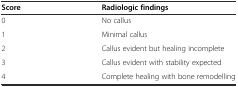
| Score | Radiologic findings |
 | --- | --- |
 | 0 | No callus |
 | 1 | Minimal callus |
 | 2 | Callus evident but healing incomplete |
 | 3 | Callus evident with stability expected |
 | 4 | Complete healing with bone remodelling |